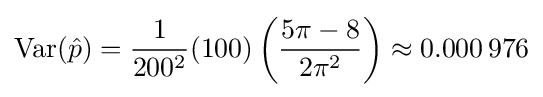
\operatorname {Var} ({\hat {p}})={\frac {1}{200^{2}}}(100)\left({\frac {5\pi -8}{2\pi ^{2}}}\right)\approx 0.000\,976